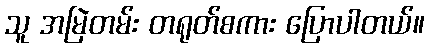
သူ အမြဲတမ်း တရုတ်စကား ပြောပါတယ်။